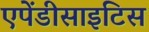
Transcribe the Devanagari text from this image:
एपेंडीसाइटिस